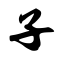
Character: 子